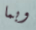
وبما